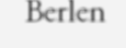
Berlen